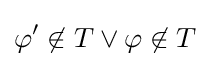
\varphi '\not \in T\lor \varphi \not \in T